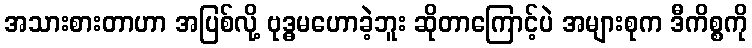
အသားစားတာဟာ အပြစ်လို့ ဗုဒ္ဓမဟောခဲ့ဘူး ဆိုတာကြောင့်ပဲ အများစုက ဒီကိစ္စကို